Annual returns of the Patna Lunatic Asylum at Bankipore in Bihar and Orissa - 1912-1924
Year: 1912
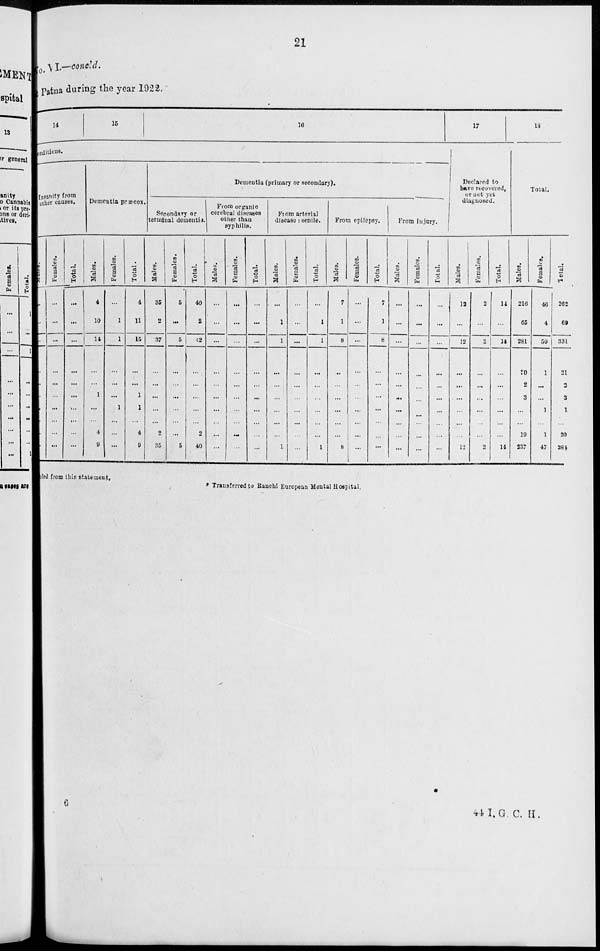
21
at Patna during the year 1922.
14
15
16
Conditions.
Insanity from
other causes.
Males.
...
...
...
...
...
...
...
...
...
...
Females.
...
...
...
...
...
...
...
...
...
...
Total.
...
...
...
...
...
...
...
...
...
...
Dementia præcox.
Males.
4
10
14
...
...
1
...
...
4
9
Females.
...
1
1
...
...
...
1
...
...
...
Total.
4
11
15
...
...
1
1
...
4
9
Dementia (primary or secondary).
Secondary or
terminal dementia.
Males.
35
2
37
...
...
...
...
...
2
35
Females.
5
...
5
...
...
...
...
...
...
5
Total.
40
2
42
...
...
...
...
...
2
40
From organic
cerebral diseases
other than
syphilis.
Males.
...
...
...
...
...
...
...
...
...
...
Females.
...
...
...
...
...
...
...
...
...
...
Total.
...
...
...
...
...
...
...
...
...
...
From arterial
disease : senile.
Males.
...
1
1
...
...
...
...
...
...
1
Females.
...
...
...
...
...
...
...
...
...
...
Total.
...
1
1
...
...
...
...
...
...
1
From epilepsy.
Males.
7
1
8
...
...
...
...
...
...
8
Females.
...
...
...
...
...
...
...
...
...
...
Total.
7
1
8
...
...
...
...
...
...
...
From injury.
Males.
...
...
...
...
...
...
...
...
...
...
Females.
...
...
...
...
...
...
...
...
...
...
Total.
...
...
...
...
...
...
...
...
...
...
17
Declared to
have recovered,
or not yet
diagnosed.
Males.
12
...
12
...
...
...
...
...
...
12
Females.
2
...
2
...
...
...
...
...
...
2
Total.
14
...
14
...
...
...
...
...
...
14
18
Total.
Males.
216
65
281
20
2
3
...
...
19
237
Females.
46
4
50
1
...
...
1
...
1
47
Total.
262
69
331
21
2
3
1
...
20
284
ded from this statement.
* Transferred to Ranchi European Mental Hospital.
6
44 I.G. C. H.